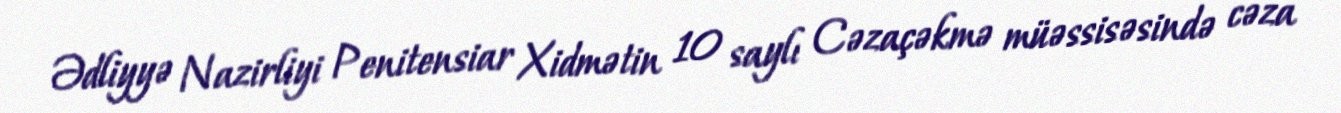
Ədliyyə Nazirliyi Penitensiar Xidmətin 10 saylı Cəzaçəkmə müəssisəsində cəza